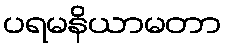
ပရမနိယာမတာ